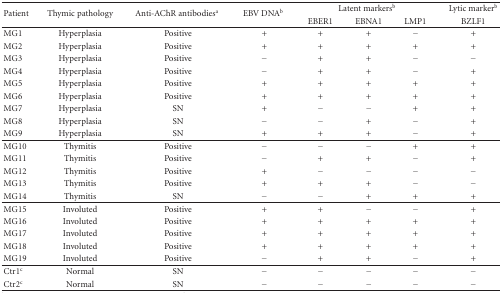
| <ROWSPAN=2> Patient | <ROWSPAN=2> Thymic pathology | <ROWSPAN=2> Anti-AChR antibodiesa | <ROWSPAN=2> EBV DNAb | <COLSPAN=3> Latent markersb | Lytic markerb |
 | EBER1 | EBNA1 | LMP1 | BZLF1 |
 | --- | --- | --- | --- | --- | --- | --- | --- |
 | MG1 | Hyperplasia | Positive | + | + | + | − | + |
 | MG2 | Hyperplasia | Positive | + | + | + | + | + |
 | MG3 | Hyperplasia | Positive | − | + | + | − | − |
 | MG4 | Hyperplasia | Positive | − | + | + | − | + |
 | MG5 | Hyperplasia | Positive | + | + | + | + | + |
 | MG6 | Hyperplasia | Positive | + | + | + | + | + |
 | MG7 | Hyperplasia | SN | + | − | − | + | + |
 | MG8 | Hyperplasia | SN | − | − | + | − | + |
 | MG9 | Hyperplasia | SN | + | + | + | − | + |
 | MG10 | Thymitis | Positive | − | − | − | + | + |
 | MG11 | Thymitis | Positive | − | + | + | − | + |
 | MG12 | Thymitis | Positive | + | − | − | − | − |
 | MG13 | Thymitis | Positive | + | + | + | − | − |
 | MG14 | Thymitis | SN | − | − | + | + | + |
 | MG15 | Involuted | Positive | + | + | − | − | + |
 | MG16 | Involuted | Positive | + | + | + | + | + |
 | MG17 | Involuted | Positive | + | + | + | + | + |
 | MG18 | Involuted | Positive | + | + | + | + | + |
 | MG19 | Involuted | Positive | − | + | + | − | + |
 | Ctr1c | Normal | SN | − | − | − | − | − |
 | Ctr2c | Normal | SN | − | − | − | − | − |